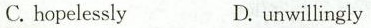
C.hopelessly D unwillingly